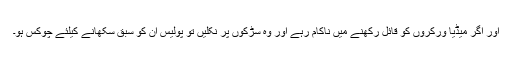
اور اگر میڈیا ورکروں کو قائل رکھنے میں ناکام رہے اور وہ سڑکوں پر نکلیں تو پولیس ان کو سبق سکھانے کیلئے چوکس ہو۔